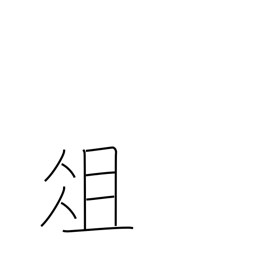
Meaning: chopping board